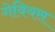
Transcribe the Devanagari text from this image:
गेवियस